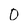
Character: 0